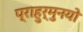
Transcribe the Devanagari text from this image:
प्राहुर्मुनयो